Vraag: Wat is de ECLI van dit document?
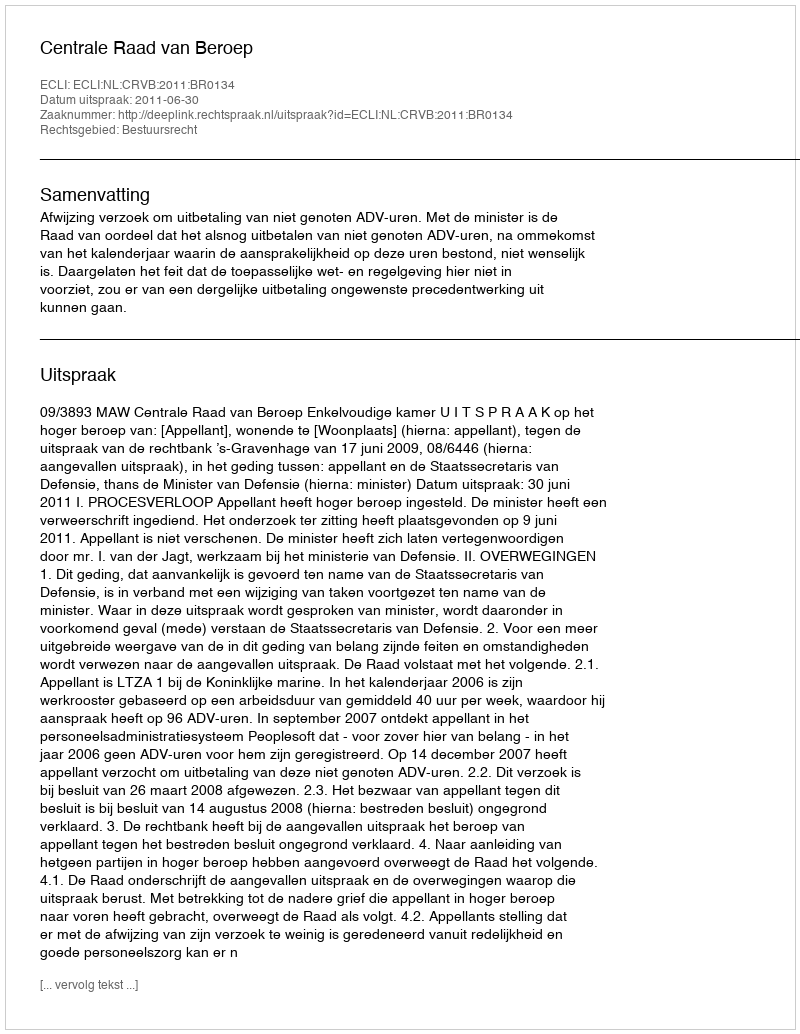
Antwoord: ECLI:NL:CRVB:2011:BR0134